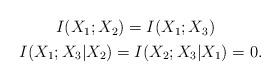
LaTeX: \begin{align*}\begin{gathered}I(X_1;X_2) = I(X_1;X_3) \ \ \\I(X_1;X_3|X_2) = I(X_2;X_3|X_1) = 0.\end{gathered}\end{align*}